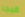
فيجا